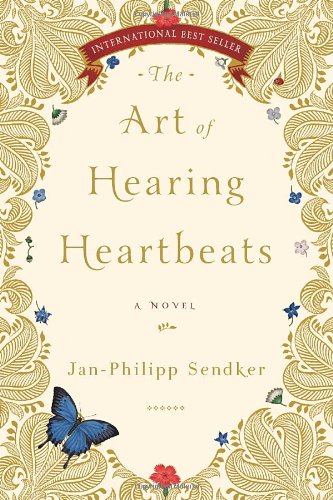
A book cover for The Art of Hearing Heartbeats; Jan-Philipp Sendker; Mystery, Thriller & Suspense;